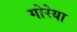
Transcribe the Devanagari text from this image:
गोरेया